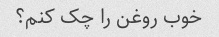
خوب روغن را چک کنم؟